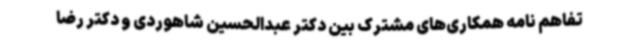
تفاهم نامه همکاری‌های مشترک بین دکتر عبدالحسین شاهوردی و دکتر رضا